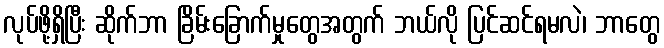
လုပ်ဖို့ရှိပြီး ဆိုက်ဘာ ခြိမ်းခြောက်မှုတွေအတွက် ဘယ်လို ပြင်ဆင်ရမလဲ၊ ဘာတွေ